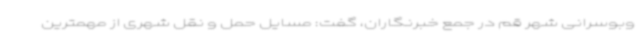
وبوسرانی شهر قم در جمع خبرنگاران، گفت: مسایل حمل و نقل شهری از مهمترین